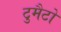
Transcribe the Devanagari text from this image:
टुमैटो